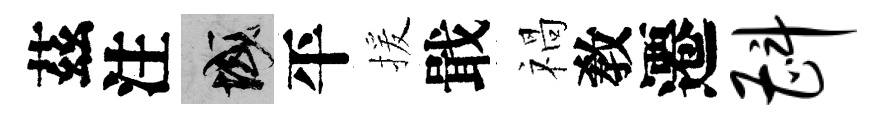
茲注域平援戢禍敎遷斟